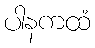
ပါနကထံ